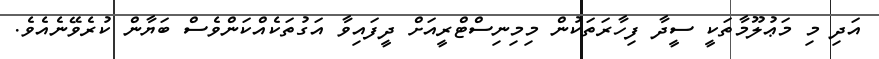
އަދި މި މަޢުލޫމާތަކީ ސީދާ ފިހާރަތަކުން މިމިނިސްޓްރީއަށް ދީފައިވާ އަގުތަކެއްކަންވެސް ބަޔާން ކުރެވޭނެއެވެ.